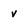
Character: n